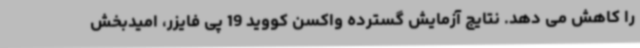
را کاهش می دهد. نتایج آزمایش گسترده واکسن کووید 19 پی فایزر، امیدبخش